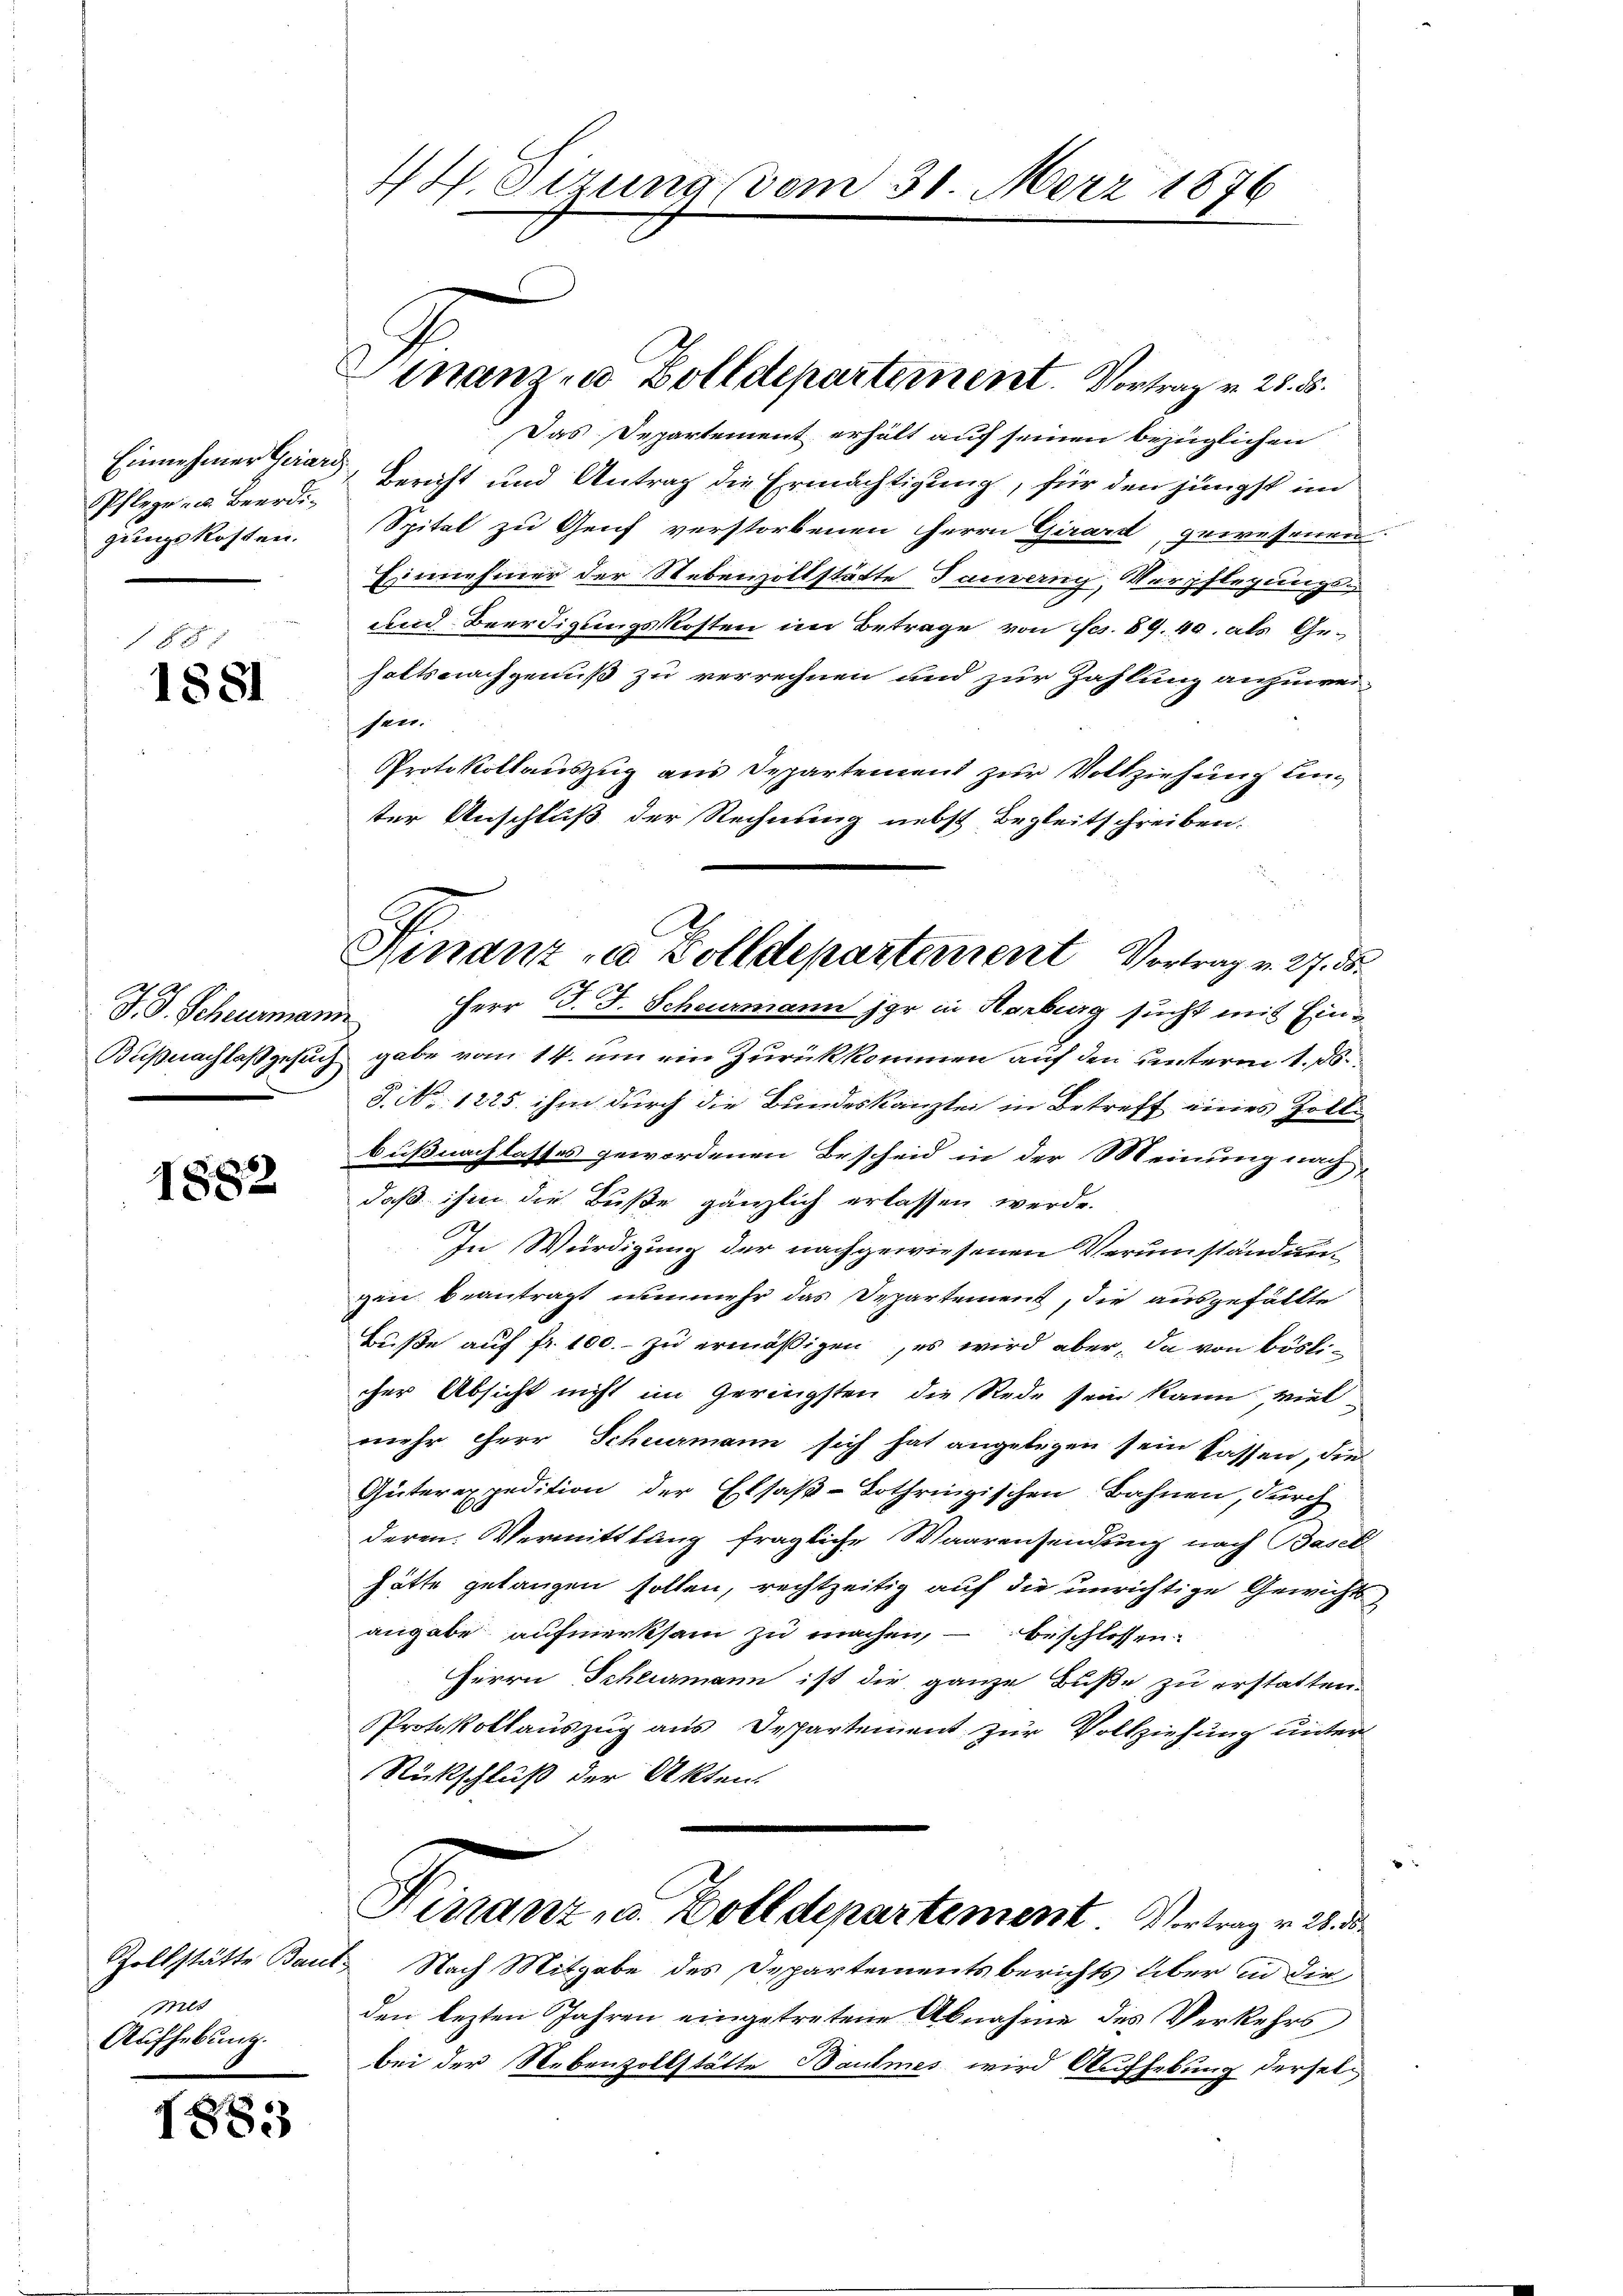
Einnehmer Girard
Pflege zu Beerdigungskosten.

1885
1881

J. J. Scheurmann

1852

Zollstätte Bau
med
Aufhebung.

1881

44. Pizuna vom 31. März 1876

Sinam u. Zolldepartement. Vortrag v. 28. d.

Das Departement erhält auf seinen bezüglichen
Bericht und Antrag die Ermächtigung, für den jüngst im
Spital zu Genf verstorbenen Herrn Girard, gewesenen
Einnehmer der Nebenzollstätte Tauverny, Verpflegungs¬
und Beerdigungskosten im Betrage von Fr. 89. 40. als Gehalts nachgenuß zu verrechnen und zur Zahlung anzuweischen
Protokollauszug aus Departement zur Vollziehung Linter Anschluß der Rechnung nebst Begleitschreiben.
 Herr J. J. Scheuermann jar in Harburg sucht mit Ein¬
Büßnachlaßgesuch gabe vom 14. um ein Zurückkommen auf den unterm 1. ds.
8. No. 1825. ihm durch die Bundeskanzlei in Betreff eines Zollbußnachlasses gewordenen Bescheid in der Meinung nach
daß ihm die Buße gänzlich erlassen werde.
In Würdigung der nachgewiesenen Verumständunzan beantragt nunmehr das Departement, die ausgefällte
Buße auf fr. 100.- zu ermäßigen, es wird aber, da von bösli-
cher Absicht nicht im Geringsten die Rede sein kann, viel
mehr Herr Schwermann sich hat angelegen sein sassen, die
Güterexpedition der Elsaß-Lothringischen Bahnen, durch
deren. Vermittlang fragliche Waarensendung nach Basel
hätte gelangen sollen, rechtzeitig auf die unrichtige Gewichtsangabe aufmerksam zu machen, – beschlossen:
Herrn Schemann ist die ganze Buße zu erstatten.
Protokollauszug aus Departement zur Vollziehung unter
Rückschluß der Akten.
Ninanz, u. Zolldepartement Vortrag v. 28. d.
 Nach Mitgabe des Departementsberichts über in die
den lezten Jahren eingetretene Abnahme des Verkehrs
bei der Nebenzollstätte Baumes wird Aufhebung dersel¬

Finanz u. Zolldepartement Vortrag v. 27. d.